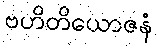
ဗဟိတိယောဇနံ